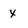
Character: X